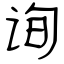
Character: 询